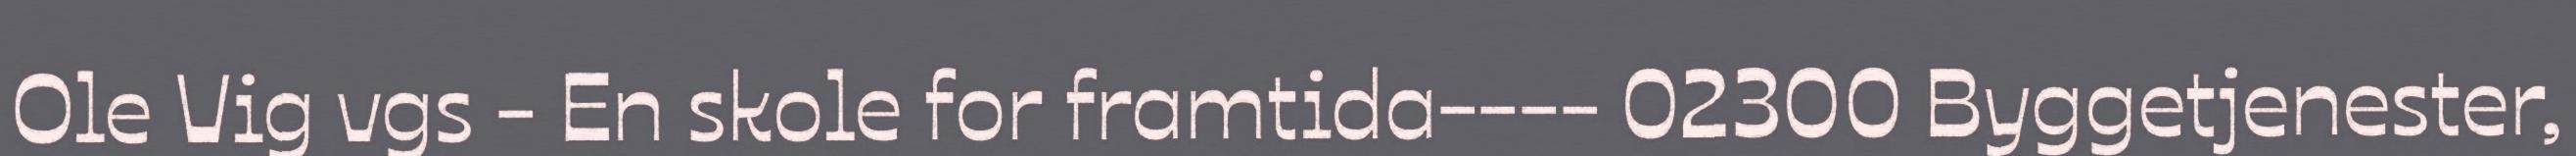
Ole Vig vgs - En skole for framtida---- 02300 Byggetjenester,